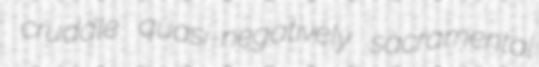
cruddle quasi-negatively sacramental